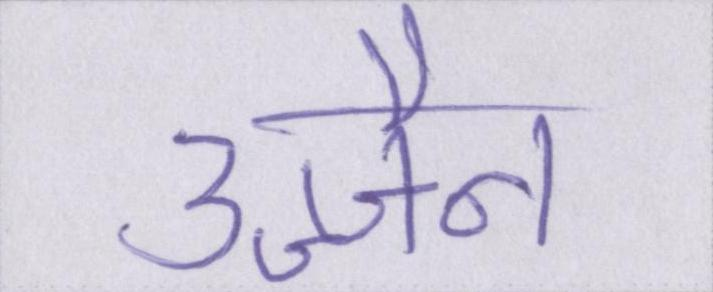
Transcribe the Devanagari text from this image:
उज्जैन